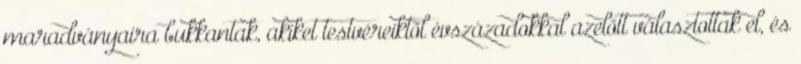
maradványaira bukkantak, akiket testvéreiktől évszázadokkal azelőtt választottak el, és